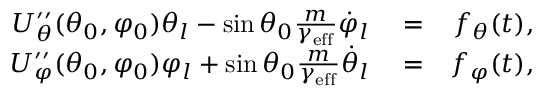
\begin{array} { r l r } { U _ { \theta } ^ { \prime \prime } ( \theta _ { 0 } , \varphi _ { 0 } ) \theta _ { l } - \sin \theta _ { 0 } \frac { m } { \gamma _ { \mathrm { e f f } } } \dot { \varphi } _ { l } } & { { } = } & { f _ { \theta } ( t ) , } \\ { U _ { \varphi } ^ { \prime \prime } ( \theta _ { 0 } , \varphi _ { 0 } ) \varphi _ { l } + \sin \theta _ { 0 } \frac { m } { \gamma _ { \mathrm { e f f } } } \dot { \theta } _ { l } } & { { } = } & { f _ { \varphi } ( t ) , } \end{array}